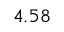
4 . 5 8